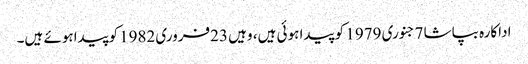
اداکارہ بپاشا 7جنوری 1979 کو پیدا ہوئی ہیں، وہیں 23فروری 1982کوپیداہوئے ہیں۔